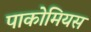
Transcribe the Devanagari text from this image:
पाकोमियस